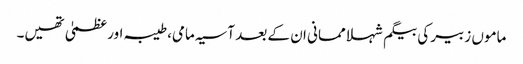
ماموں زبیر کی بیگم شہلا ممانی ان کے بعد آسیہ مامی، طیبہ اور عظمیٰ تھیں۔